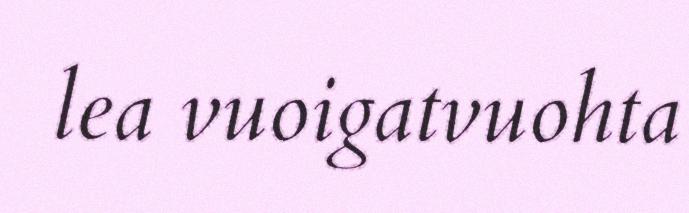
lea vuoigatvuohta